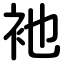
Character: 衪